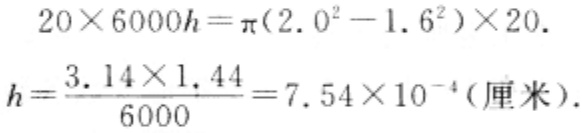
\[
\begin{align*}
20\times6000h&=\pi(2.0^{2}-1.6^{2})\times20\\
h&=\frac{3.14\times1.44}{6000}=7.54\times10^{-4}(\text{厘米})
\end{align*}
\]